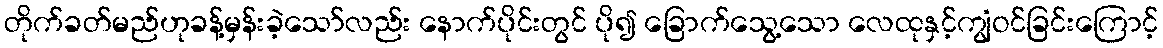
တိုက်ခတ်မည်ဟုခန့်မှန်းခဲ့သော်လည်း နောက်ပိုင်းတွင် ပို၍ ခြောက်သွေ့သော လေထုနှင့်ကျွံဝင်ခြင်းကြောင့်